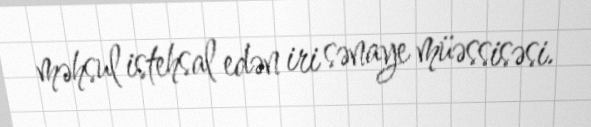
məhsul istehsal edən iri sənaye müəssisəsi.